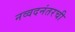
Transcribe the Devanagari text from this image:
नव्वदनंतरची